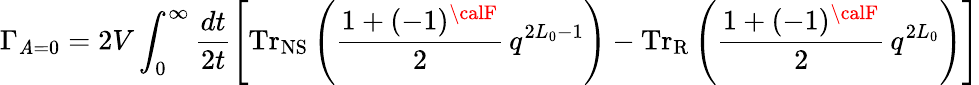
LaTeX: \Gamma_{\mathit{A}=0}=2V\int_{0}^{\infty}\frac{{dt}}{{2t}}\left[\mathrm{{Tr}}_{\mathrm{{NS}}}\left(\frac{{1+(-1)^{\calF}}}{{2}}\, q^{2L_{0}-1}\right)-\mathrm{{Tr}}_{\mathrm{{R}}}\left(\frac{{1+(-1)^{\calF}}}{{2}}\, q^{2L_{0}}\right)\right]